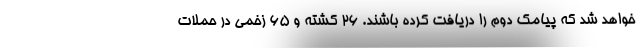
خواهد شد که پیامک دوم را دریافت کرده باشند. ۲۶ کشته و ۶۵ زخمی در حملات